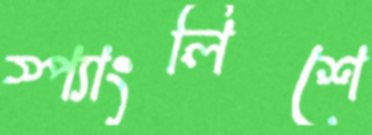
স্প্যাংলিশে